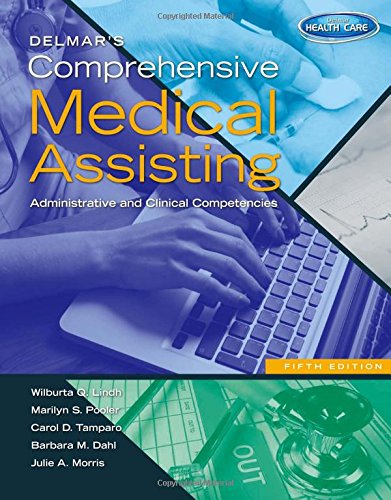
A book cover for Delmar's Comprehensive Medical Assisting: Administrative and Clinical Competencies (with Premium Website Printed Access Card and Medical Office Simulation Software 2.0 CD-ROM); Wilburta Q. Lindh; Medical Books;